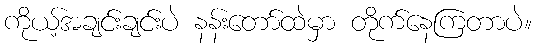
ကိုယ့်အချင်းချင်းပဲ နန်းတော်ထဲမှာ တိုက်နေကြတာပဲ။